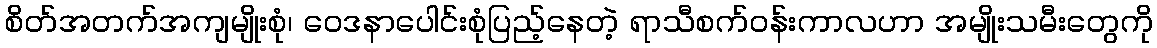
စိတ်အတက်အကျမျိုးစုံ၊ ဝေဒနာပေါင်းစုံပြည့်နေတဲ့ ရာသီစက်ဝန်းကာလဟာ အမျိုးသမီးတွေကို